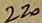
Text: 220